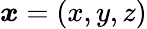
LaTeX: \boldsymbol{x}=(x,y,z)